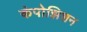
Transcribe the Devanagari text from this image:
कंपोझिशन